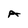
Character: A